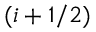
( i + 1 / 2 )